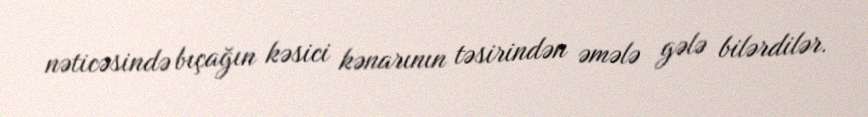
nəticəsində bıçağın kəsici kənarının təsirindən əmələ gələ bilərdilər.